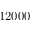
1 2 0 0 0